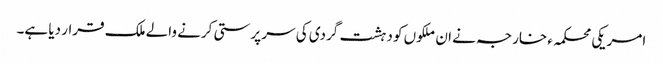
امریکی محکمہء خارجہ نے ان ملکوں کو دہشت گردی کی سر پرستی کرنے والے ملک قرار دیا ہے۔